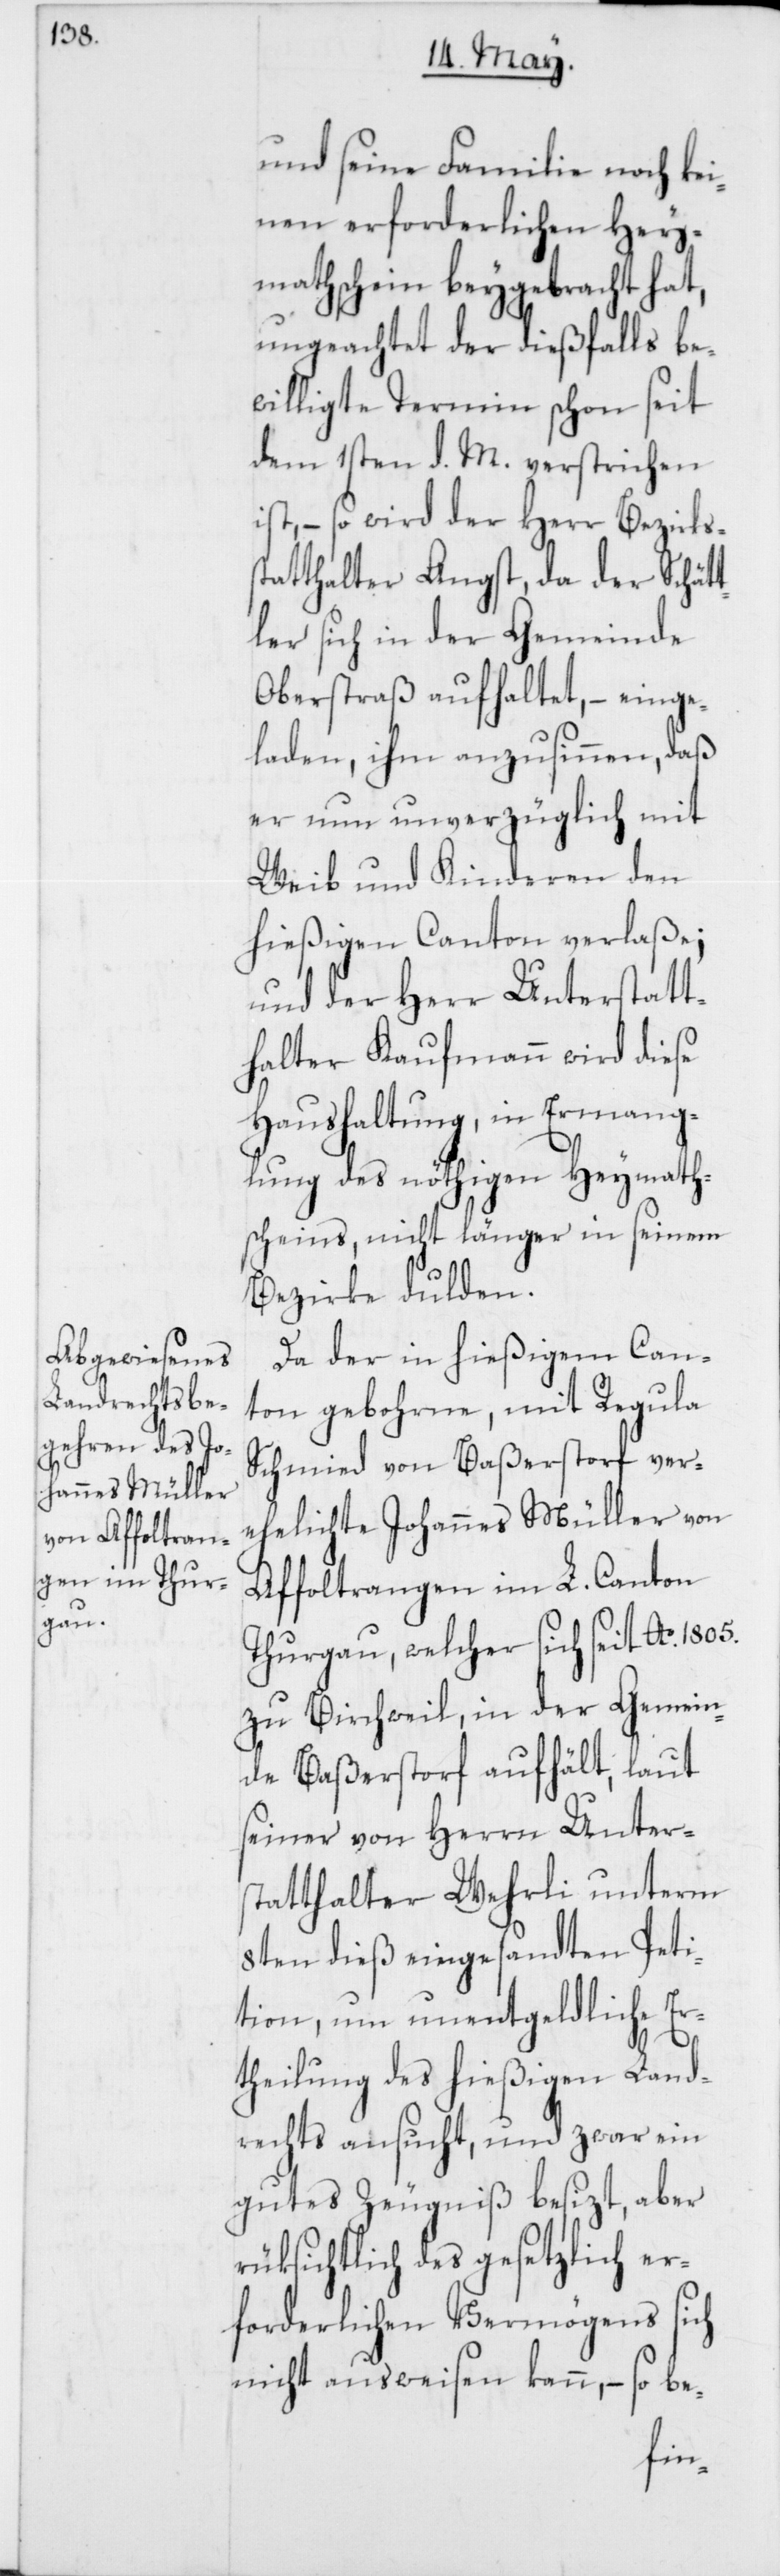
und seine Familie noch ke¬
inen erforderlichen Hey¬
mathschein beygebracht hat,
ungeachtet der dießfalls be¬
willigte Termin schon seit
dem 1sten d. M. verstrichen
ist, – so wird der Herr Bezirks¬
statthalter Angst, da der Schät¬
tler sich in der Gemeinde
Oberstraß aufhaltet, – einge¬
laden, ihm anzusinnen, daß
er nun unverzüglich mit
Weib und Kinderen den
hießigen Canton verlaße;
und der Herr Unterstatt¬
halter Kaufmann wird diese
Haushaltung, in Ermange¬
lung des nöthigen Heymath¬
scheins, nicht länger in seinem
Bezirke dulden.
Da der in hießigem Can¬
ton gebohrne, mit Regula
Schmid von Baßerstorf ver¬
ehelichte Johannes Müller von
Affoltrangen im L. Canton
Thurgau, welcher sich seit Ao. 1805.
zu Birchweil, in der Gemein¬
de Baßerstorf aufhält, laut
seiner von Herrn Unter¬
statthalter Wehrli unterm
8ten dieß eingesandten Peti¬
tion, um unentgeldliche Er¬
theilung des hießigen Land¬
rechts ansucht, und zwar ein
gutes Zeugniß besizt, aber
rüksichtlich des gesetzlich er¬
forderlichen Vermögens sich
nicht ausweisen kann, – so be-